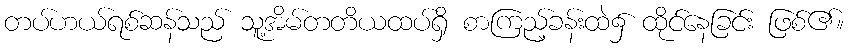
တပ်ဟယ်ရစ်ဆန်သည် သူ့အိမ်တတိယထပ်ရှိ စာကြည့်ခန်းထဲ၌ ထိုင်နေခြင်း ဖြစ်၏။